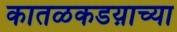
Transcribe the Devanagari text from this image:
कातळकडय़ाच्या